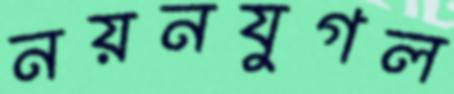
নয়নযুগল